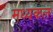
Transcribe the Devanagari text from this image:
मध्यकल